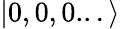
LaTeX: |0,0,0...\rangle